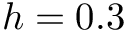
h = 0 . 3